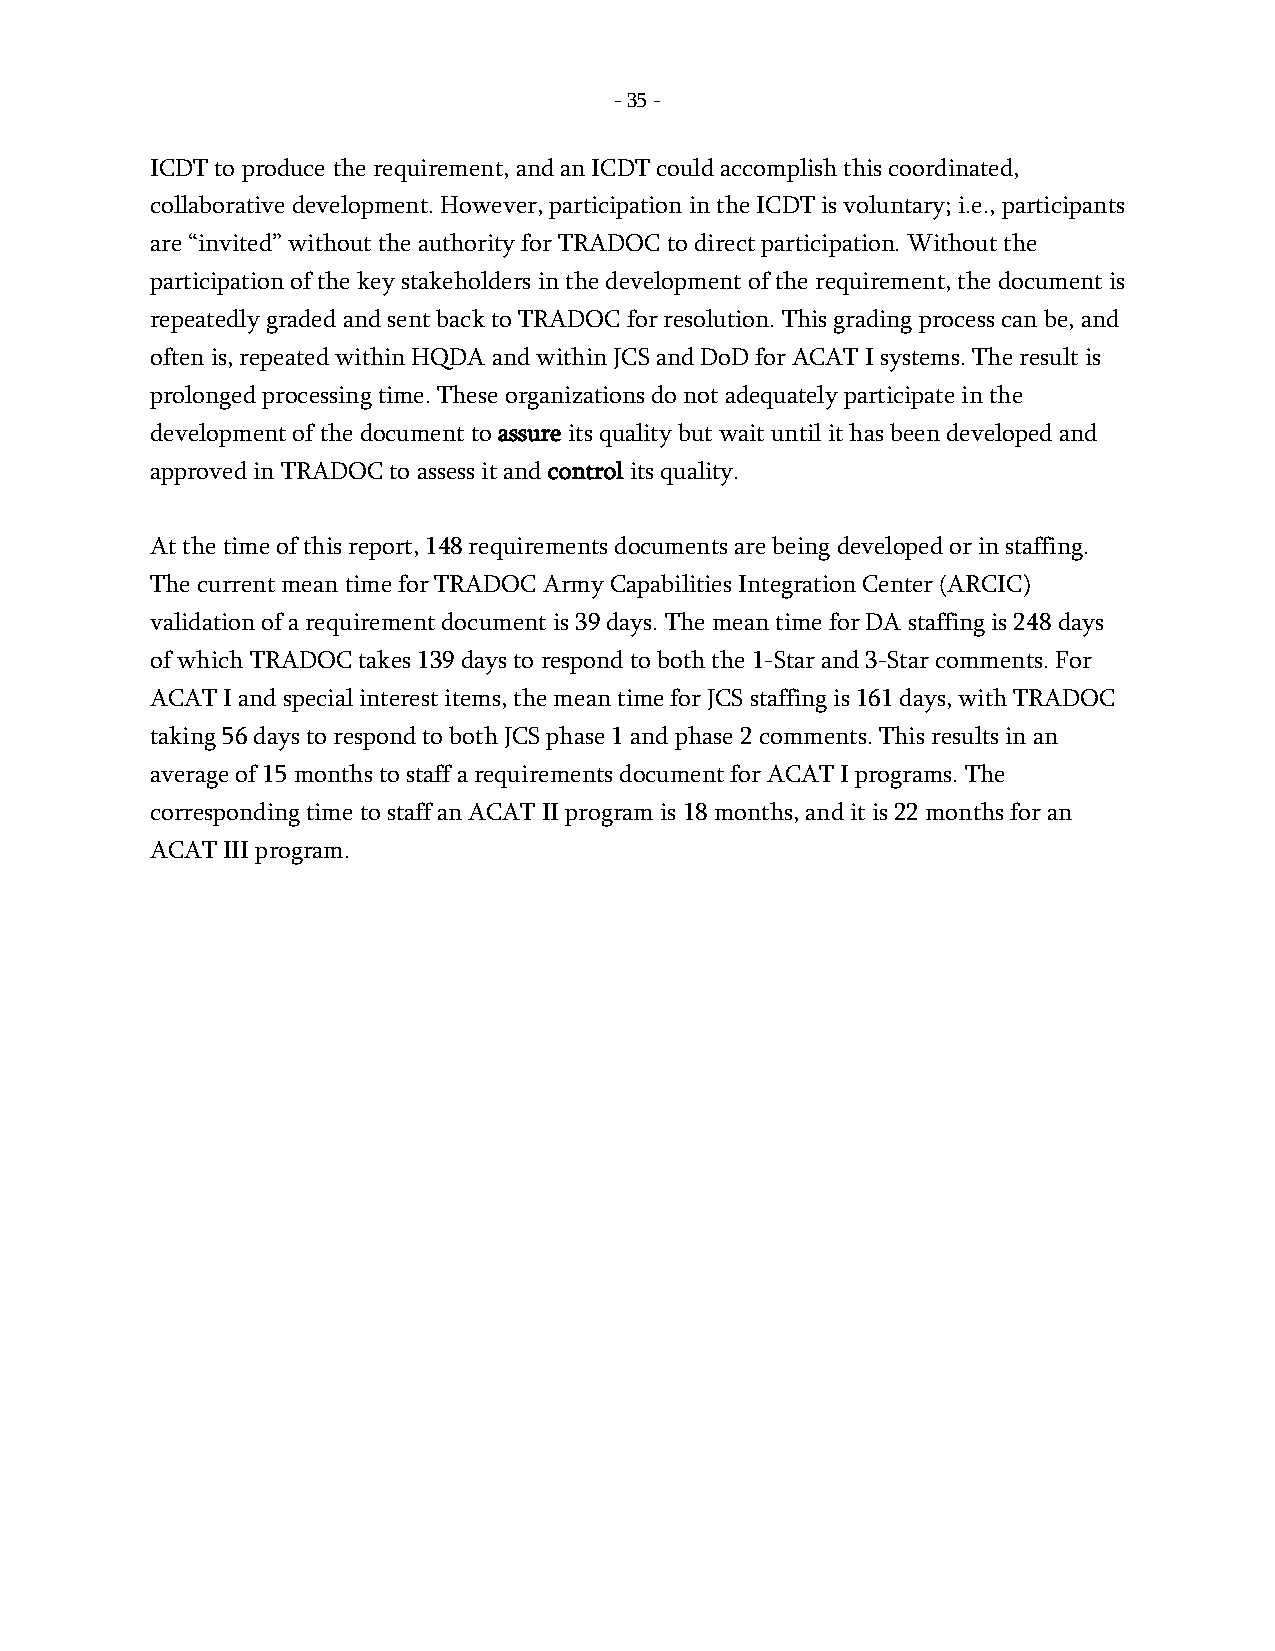
- 35 -
 ICDT to produce the requirement, and an ICDT could accomplish this coordinated,
 collaborative development. However, participation in the ICDT is voluntary; i.e., participants
 are “invited” without the authority for TRADOC to direct participation. Without the
 participation of the key stakeholders in the development of the requirement, the document is
 repeatedly graded and sent back to TRADOC for resolution. This grading process can be, and
 often is, repeated within HQDA and within JCS and DoD for ACAT I systems. The result is
 prolonged processing time. These organizations do not adequately participate in the
 development of the document to assure its quality but wait until it has been developed and
 approved in TRADOC to assess it and control its quality.
 At the time of this report, 148 requirements documents are being developed or in staffing.
 The current mean time for TRADOC Army Capabilities Integration Center (ARCIC)
 validation of a requirement document is 39 days. The mean time for DA staffing is 248 days
 of which TRADOC takes 139 days to respond to both the 1-Star and 3-Star comments. For
 ACAT I and special interest items, the mean time for JCS staffing is 161 days, with TRADOC
 taking 56 days to respond to both JCS phase 1 and phase 2 comments. This results in an
 average of 15 months to staff a requirements document for ACAT I programs. The
 corresponding time to staff an ACAT II program is 18 months, and it is 22 months for an
 ACAT III program.
 -
 35
 -